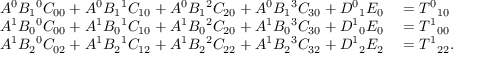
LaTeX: \begin{array} { r l } { A ^ { 0 } B _ { 1 } { } ^ { 0 } C _ { 0 0 } + A ^ { 0 } B _ { 1 } { } ^ { 1 } C _ { 1 0 } + A ^ { 0 } B _ { 1 } { } ^ { 2 } C _ { 2 0 } + A ^ { 0 } B _ { 1 } { } ^ { 3 } C _ { 3 0 } + D ^ { 0 } { } _ { 1 } { } E _ { 0 } } & { { } = T ^ { 0 } { } _ { 1 } { } _ { 0 } } \\ { A ^ { 1 } B _ { 0 } { } ^ { 0 } C _ { 0 0 } + A ^ { 1 } B _ { 0 } { } ^ { 1 } C _ { 1 0 } + A ^ { 1 } B _ { 0 } { } ^ { 2 } C _ { 2 0 } + A ^ { 1 } B _ { 0 } { } ^ { 3 } C _ { 3 0 } + D ^ { 1 } { } _ { 0 } { } E _ { 0 } } & { { } = T ^ { 1 } { } _ { 0 } { } _ { 0 } } \\ { A ^ { 1 } B _ { 2 } { } ^ { 0 } C _ { 0 2 } + A ^ { 1 } B _ { 2 } { } ^ { 1 } C _ { 1 2 } + A ^ { 1 } B _ { 2 } { } ^ { 2 } C _ { 2 2 } + A ^ { 1 } B _ { 2 } { } ^ { 3 } C _ { 3 2 } + D ^ { 1 } { } _ { 2 } { } E _ { 2 } } & { { } = T ^ { 1 } { } _ { 2 } { } _ { 2 } . } \end{array}